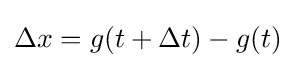
\Delta x=g(t+\Delta t)-g(t)